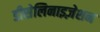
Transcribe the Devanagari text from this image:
डीसेलिनाइज़ेशन